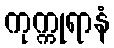
ကုက္ကုရာနံ